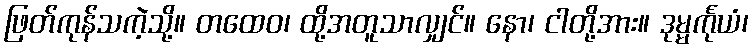
ဖြတ်ကုန်သကဲ့သို့။ တထေဝ၊ ထို့အတူသာလျှင်။ နော၊ ငါတို့အား။ ဒုမ္မင်္ကုယံ၊